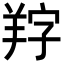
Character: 𦍺